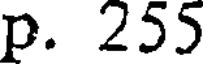
p. 255